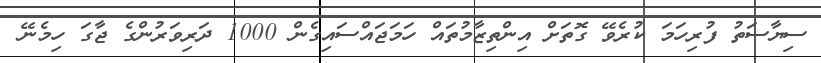
ސިޔާސަތު ފުރިހަމަ ކުރެވޭ ގޮތަށް އިންތިޒާމުތައް ހަމަޖައްސައިގެން 1000 ދަރިވަރުންގެ ޖާގަ ހިމެނޭ